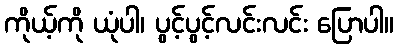
ကိုယ့်ကို ယုံပါ၊ ပွင့်ပွင့်လင်းလင်း ပြောပါ။